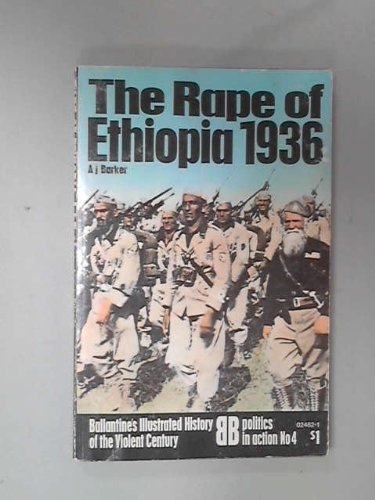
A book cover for Rape of Ethiopia, 1936 (Ballantine's illustrated history of the violent century. Politics in action); A. J Barker; History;